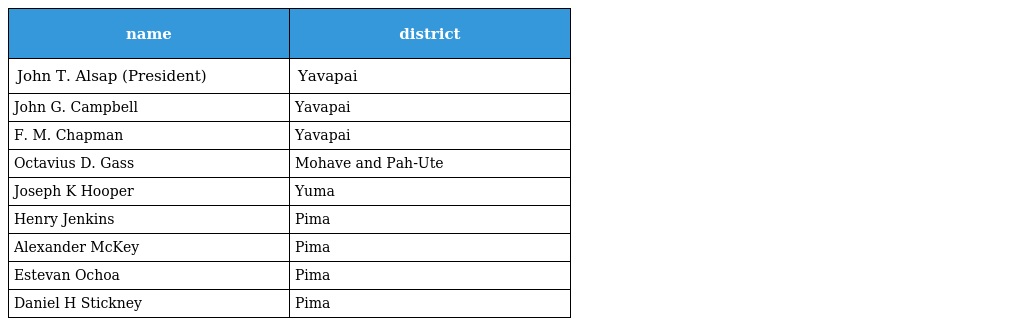
| name | district |
 | --- | --- |
 | John T. Alsap (President) | Yavapai |
 | John G. Campbell | Yavapai |
 | F. M. Chapman | Yavapai |
 | Octavius D. Gass | Mohave and Pah-Ute |
 | Joseph K Hooper | Yuma |
 | Henry Jenkins | Pima |
 | Alexander McKey | Pima |
 | Estevan Ochoa | Pima |
 | Daniel H Stickney | Pima |